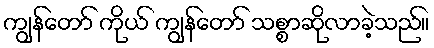
ကျွန်တော် ကိုယ် ကျွန်တော် သစ္စာဆိုလာခဲ့သည်။